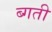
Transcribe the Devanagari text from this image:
ब्गती